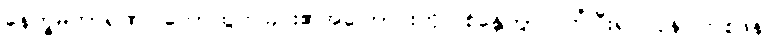
နေက္ခမကာရဏ၊ တောထွက်ခြင်း၏အကြောင်းကို။ စိန္တေတွာ၊ ကြံပြီး၍။ ပုန၊ တစ်ဖန်။